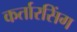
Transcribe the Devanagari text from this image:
कर्तारसिंग